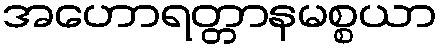
အဟောရတ္တာနမစ္စယာ